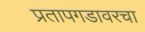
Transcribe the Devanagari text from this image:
प्रतापगडावरचा